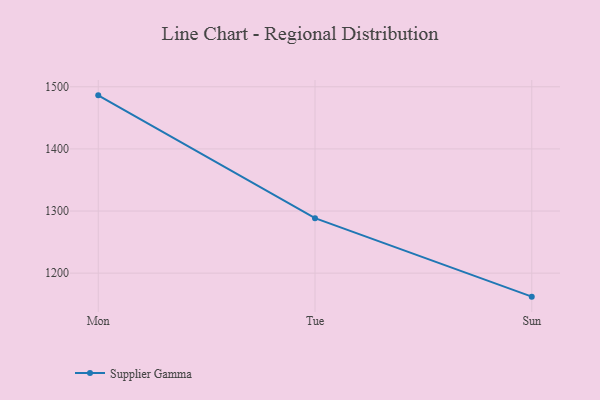
{"axis": {"x": "Day", "y": "Bounce Rate (%)"}, "legend": ["Supplier Gamma"], "data": [{"x": "Mon", "y": 1486.2, "type": "Supplier Gamma"}, {"x": "Tue", "y": 1288.5, "type": "Supplier Gamma"}, {"x": "Sun", "y": 1162.2, "type": "Supplier Gamma"}]}